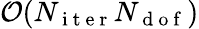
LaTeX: \mathcal{O}(N_{\mathrm{~i~t~e~r~}}N_{\mathrm{~d~o~f~}})